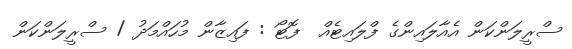
ސްރީލަންކަން އެއާލައިންގެ ފްލައިޓެއް  ފޮޓޯ : ފައިޒާން މުހައްމަދު / ސްރީލަންކަން